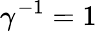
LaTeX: \gamma^{-1}=1